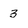
Character: 3